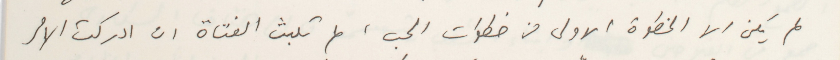
لم يكن الا الخطوة الاولى من خطوات الحب، لم تلبث الفتاة ان ادركت الامر